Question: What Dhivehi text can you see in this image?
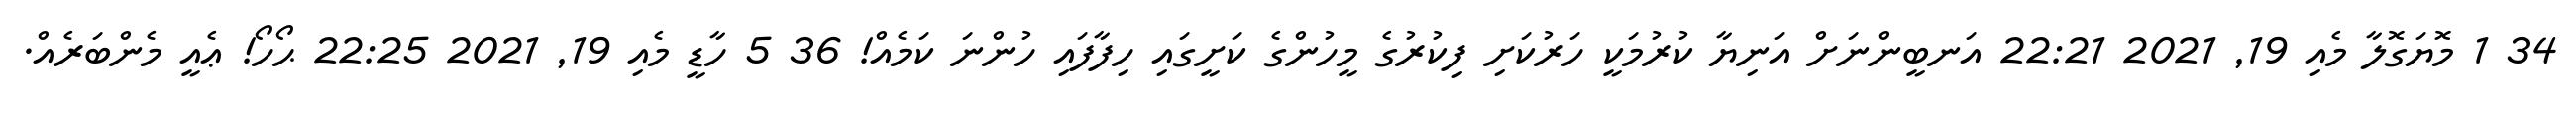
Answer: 34 1 މޮޔަގޮލާ މެއި 19, 2021 22:21 އަނބީންނަށް އަނިޔާ ކުރުމަކީ ހަރުކަށި ފިކުރުގެ މީހުންގެ ކަށީގައި ހިފާފައި ހުންނަ ކަމެއް! 36 5 ހާޑީ މެއި 19, 2021 22:25 ޙޯހޯ! ޢެއީ މެންބަރެއް.